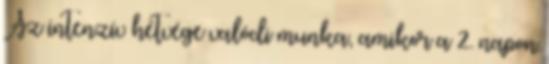
Az intenzív hétvége valódi munka, amikor a 2. napon